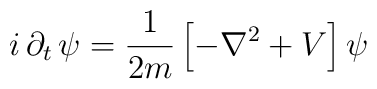
i \, \partial_{t} \, \psi = \frac{1}{2 m}\left[-\nabla^{2} +V\right] \psi